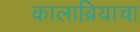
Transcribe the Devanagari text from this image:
कालाब्रियाचा